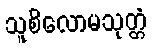
သူစိလောမသုတ္တံ